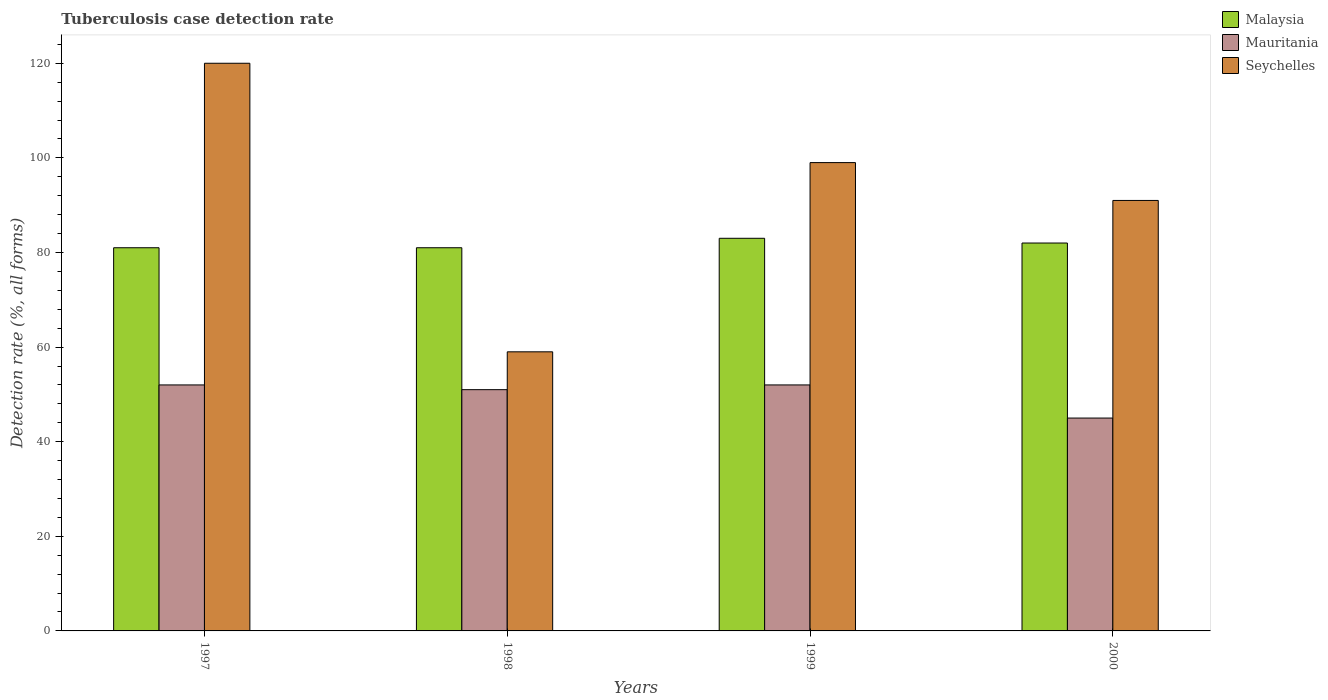
| Years | Malaysia | Mauritania | Seychelles |
 | --- | --- | --- | --- |
 | 1997 | 81 | 52 | 120 |
 | 1998 | 81 | 51 | 59 |
 | 1999 | 83 | 52 | 99 |
 | 2000 | 82 | 45 | 91 |